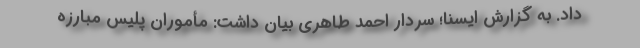
داد. به گزارش ایسنا؛ سردار احمد طاهری بیان داشت: مأموران پلیس مبارزه